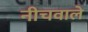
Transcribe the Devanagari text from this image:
नीचवाले